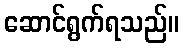
ဆောင်ရွက်ရသည်။